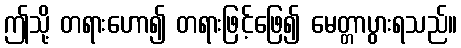
ဤသို့ တရားဟော၍ တရားဖြင့်ဖြေ၍ မေတ္တာပွားရသည်။